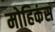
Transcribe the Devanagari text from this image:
मोहिकंस